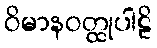
ဝိမာနဝတ္ထုပါဠိ